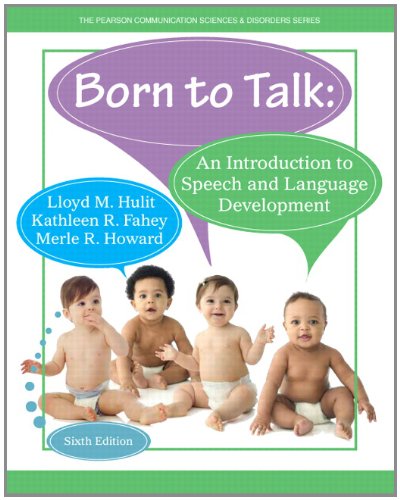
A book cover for Born to Talk: An Introduction to Speech and Language Development (6th Edition); Lloyd M. Hulit; Medical Books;